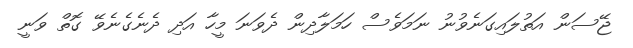
ޖޭސަން އަތުލައިގަނެވުނު ނަމަވެސް ހަމަލާދިން ދެވަނަ މީހާ އަދި ދެނެގެނެވޭ ގޮތް ވަނީ